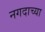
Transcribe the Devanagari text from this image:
नगदाच्या